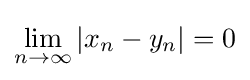
\lim _{n\to \infty }|x_{n}-y_{n}|=0